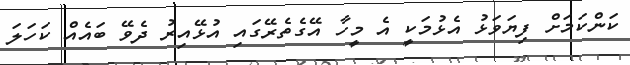
ކަންކަމަށް ފިޔަވަޅު އެޅުމަކީ އެ މީހާ އޭގެތެރޭގައި އުޅޭއިރު ދެވޭ ބައެއް ކަހަލަ